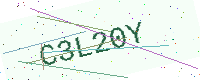
Text: C3L20Y